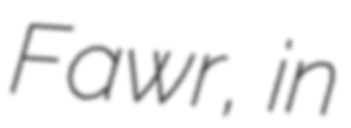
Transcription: Fawr, in